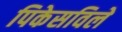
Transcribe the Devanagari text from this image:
पिकेसविले